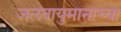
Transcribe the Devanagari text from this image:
जलवायुमानाच्या